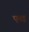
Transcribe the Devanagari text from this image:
एतइ